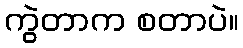
ကွဲတာက စတာပဲ။